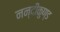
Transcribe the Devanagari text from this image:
नन्दीकुण्ड